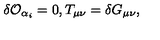
\delta { \cal O } _ { \alpha _ { i } } = 0 , T _ { \mu \nu } = \delta G _ { \mu \nu } ,